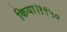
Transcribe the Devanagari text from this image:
किया।१९५०